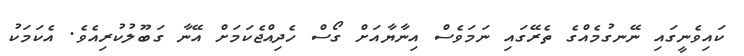
ކައިވެނީގައި ނޭނގުމެއްގެ ތެރޭގައި ނަމަވެސް އިނާޔާއަށް ގޯސް ހެދިއްޖެކަމަށް އޭނާ ގަބޫލުކުރިއެވެ. އެކަމަކު